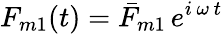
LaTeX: F_{m1}(t)=\bar{F}_{m1}\, e^{i\, \omega\, t}